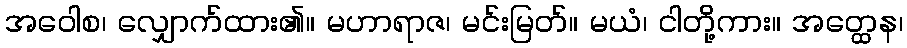
အဝေါစ၊ လျှောက်ထား၏။ မဟာရာဇ၊ မင်းမြတ်။ မယံ၊ ငါတို့ကား။ အတ္ထေန၊